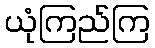
ယုံကြည်ကြ